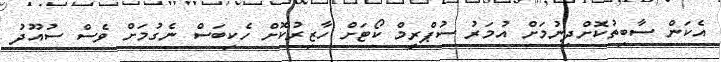
އެކަން ސާބިތުކޮށްދިނުމަށް އުމަރު ސުޕްރީމް ކޯޓަށް ހާޒިރުކޮށް ހެކިބަސް ނެގުމަށް ވެސް ސުއޫދު